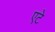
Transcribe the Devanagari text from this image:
एटे